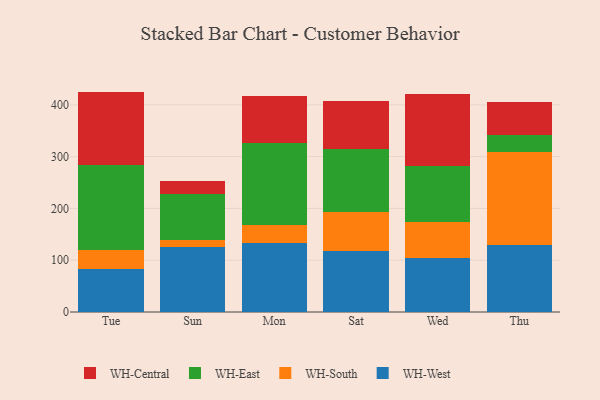
{"axis": {"x": "Day", "y": "Temperature (°C)"}, "legend": ["WH-Central", "WH-East", "WH-South", "WH-West"], "data": [{"x": "Tue", "y": 83.9, "type": "WH-West"}, {"x": "Tue", "y": 35.0, "type": "WH-South"}, {"x": "Tue", "y": 164.5, "type": "WH-East"}, {"x": "Tue", "y": 142.2, "type": "WH-Central"}, {"x": "Sun", "y": 125.1, "type": "WH-West"}, {"x": "Sun", "y": 14.9, "type": "WH-South"}, {"x": "Sun", "y": 88.1, "type": "WH-East"}, {"x": "Sun", "y": 24.3, "type": "WH-Central"}, {"x": "Mon", "y": 133.2, "type": "WH-West"}, {"x": "Mon", "y": 33.9, "type": "WH-South"}, {"x": "Mon", "y": 158.8, "type": "WH-East"}, {"x": "Mon", "y": 90.7, "type": "WH-Central"}, {"x": "Sat", "y": 118.0, "type": "WH-West"}, {"x": "Sat", "y": 75.3, "type": "WH-South"}, {"x": "Sat", "y": 120.9, "type": "WH-East"}, {"x": "Sat", "y": 92.3, "type": "WH-Central"}, {"x": "Wed", "y": 103.6, "type": "WH-West"}, {"x": "Wed", "y": 70.8, "type": "WH-South"}, {"x": "Wed", "y": 107.5, "type": "WH-East"}, {"x": "Wed", "y": 138.6, "type": "WH-Central"}, {"x": "Thu", "y": 128.5, "type": "WH-West"}, {"x": "Thu", "y": 179.9, "type": "WH-South"}, {"x": "Thu", "y": 34.3, "type": "WH-East"}, {"x": "Thu", "y": 62.9, "type": "WH-Central"}]}